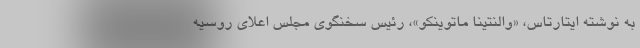
به نوشته ایتارتاس، «والنتینا ماتوینکو»، رئیس سخنگوی مجلس اعلای روسیه